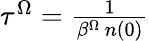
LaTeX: \begin{array}{r}{\tau^{\Omega}=\frac{1}{\beta^{\Omega}\, n(0)}}\end{array}